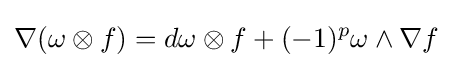
\nabla (\omega \otimes f)=d\omega \otimes f+(-1)^{p}\omega \wedge \nabla f